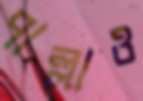
পাল্লাও